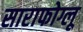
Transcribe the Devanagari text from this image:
साराफोग्लू